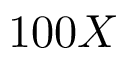
1 0 0 X